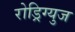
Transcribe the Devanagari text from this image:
रोड्रिग्युज